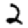
Digit: 2